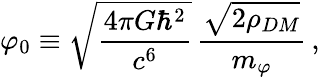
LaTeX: \varphi_{0}\equiv\sqrt{\frac{4\pi G\hbar^{2}}{c^{6}}}\, \frac{\sqrt{2\rho_{DM}}}{m_{\varphi}}\, \textrm{,}